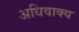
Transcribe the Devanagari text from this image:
अधिवाक्य